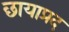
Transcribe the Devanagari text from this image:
छायाप्रद